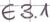
Text: E3.1